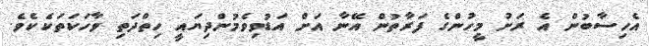
އެހިސާބުން އެ ރަށު މީހުންގެ ފަރާތުން އޭނާ އަށް އަޑުވިވެމުންދިޔައީ ހިތްދަތި ވާހަކަތަކެކެވެ.